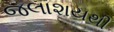
જલાશયથી